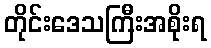
တိုင်းဒေသကြီးအစိုးရ